Problem: 6 × 9 = ?
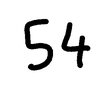
Handwritten answer: 54